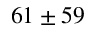
6 1 \pm 5 9